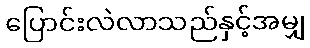
ပြောင်းလဲလာသည်နှင့်အမျှ